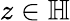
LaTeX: z\in\mathbb{H}